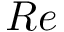
R e